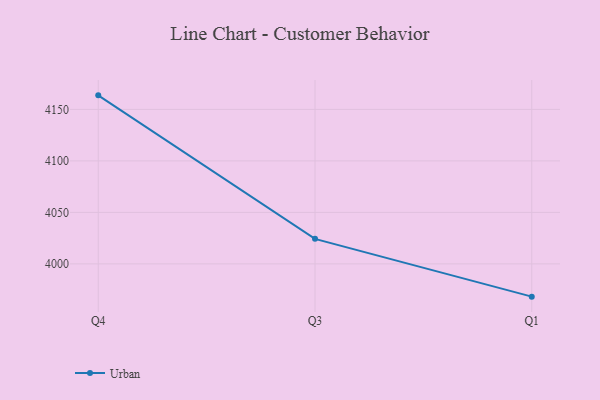
{"axis": {"x": "Quarter", "y": "Bounce Rate (%)"}, "legend": ["Urban"], "data": [{"x": "Q4", "y": 4163.6, "type": "Urban"}, {"x": "Q3", "y": 4024.3, "type": "Urban"}, {"x": "Q1", "y": 3968.2, "type": "Urban"}]}